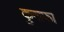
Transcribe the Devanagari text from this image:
कुनाफा